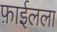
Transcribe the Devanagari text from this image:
फ़ाईलला